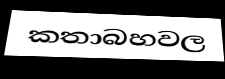
කතාබහවල